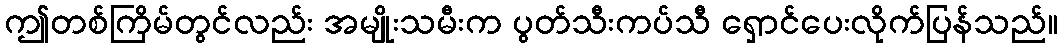
ဤတစ်ကြိမ်တွင်လည်း အမျိုးသမီးက ပွတ်သီးကပ်သီ ရှောင်ပေးလိုက်ပြန်သည်။